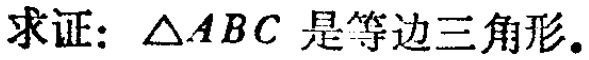
求证：\(\triangle ABC\) 是等边三角形。